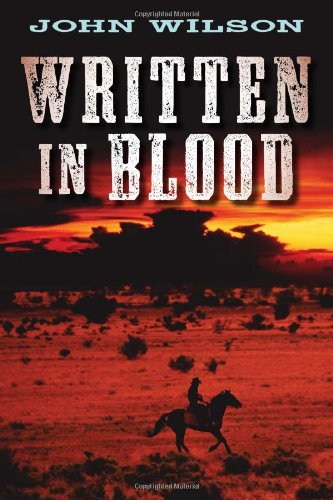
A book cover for Written in Blood (The Desert Legend Trilogy); John Wilson; Teen & Young Adult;